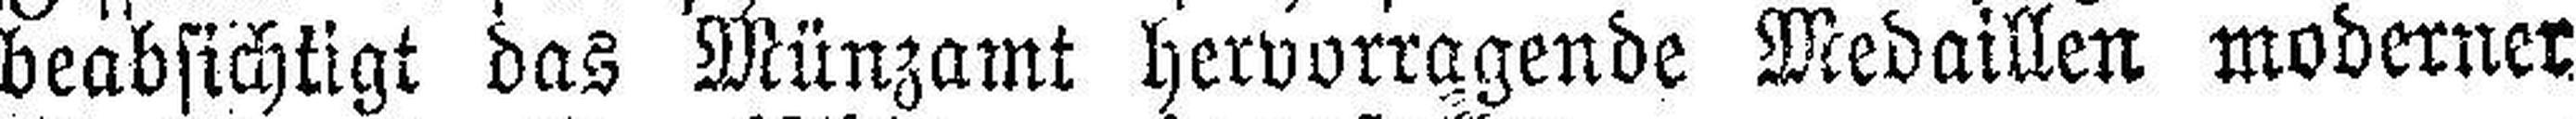
beabsichtigt das Münzamt hervorragende Medaillen moderner